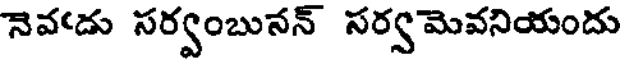
నెవఁడు సర్వంబునన్ సర్వమెవనియందు